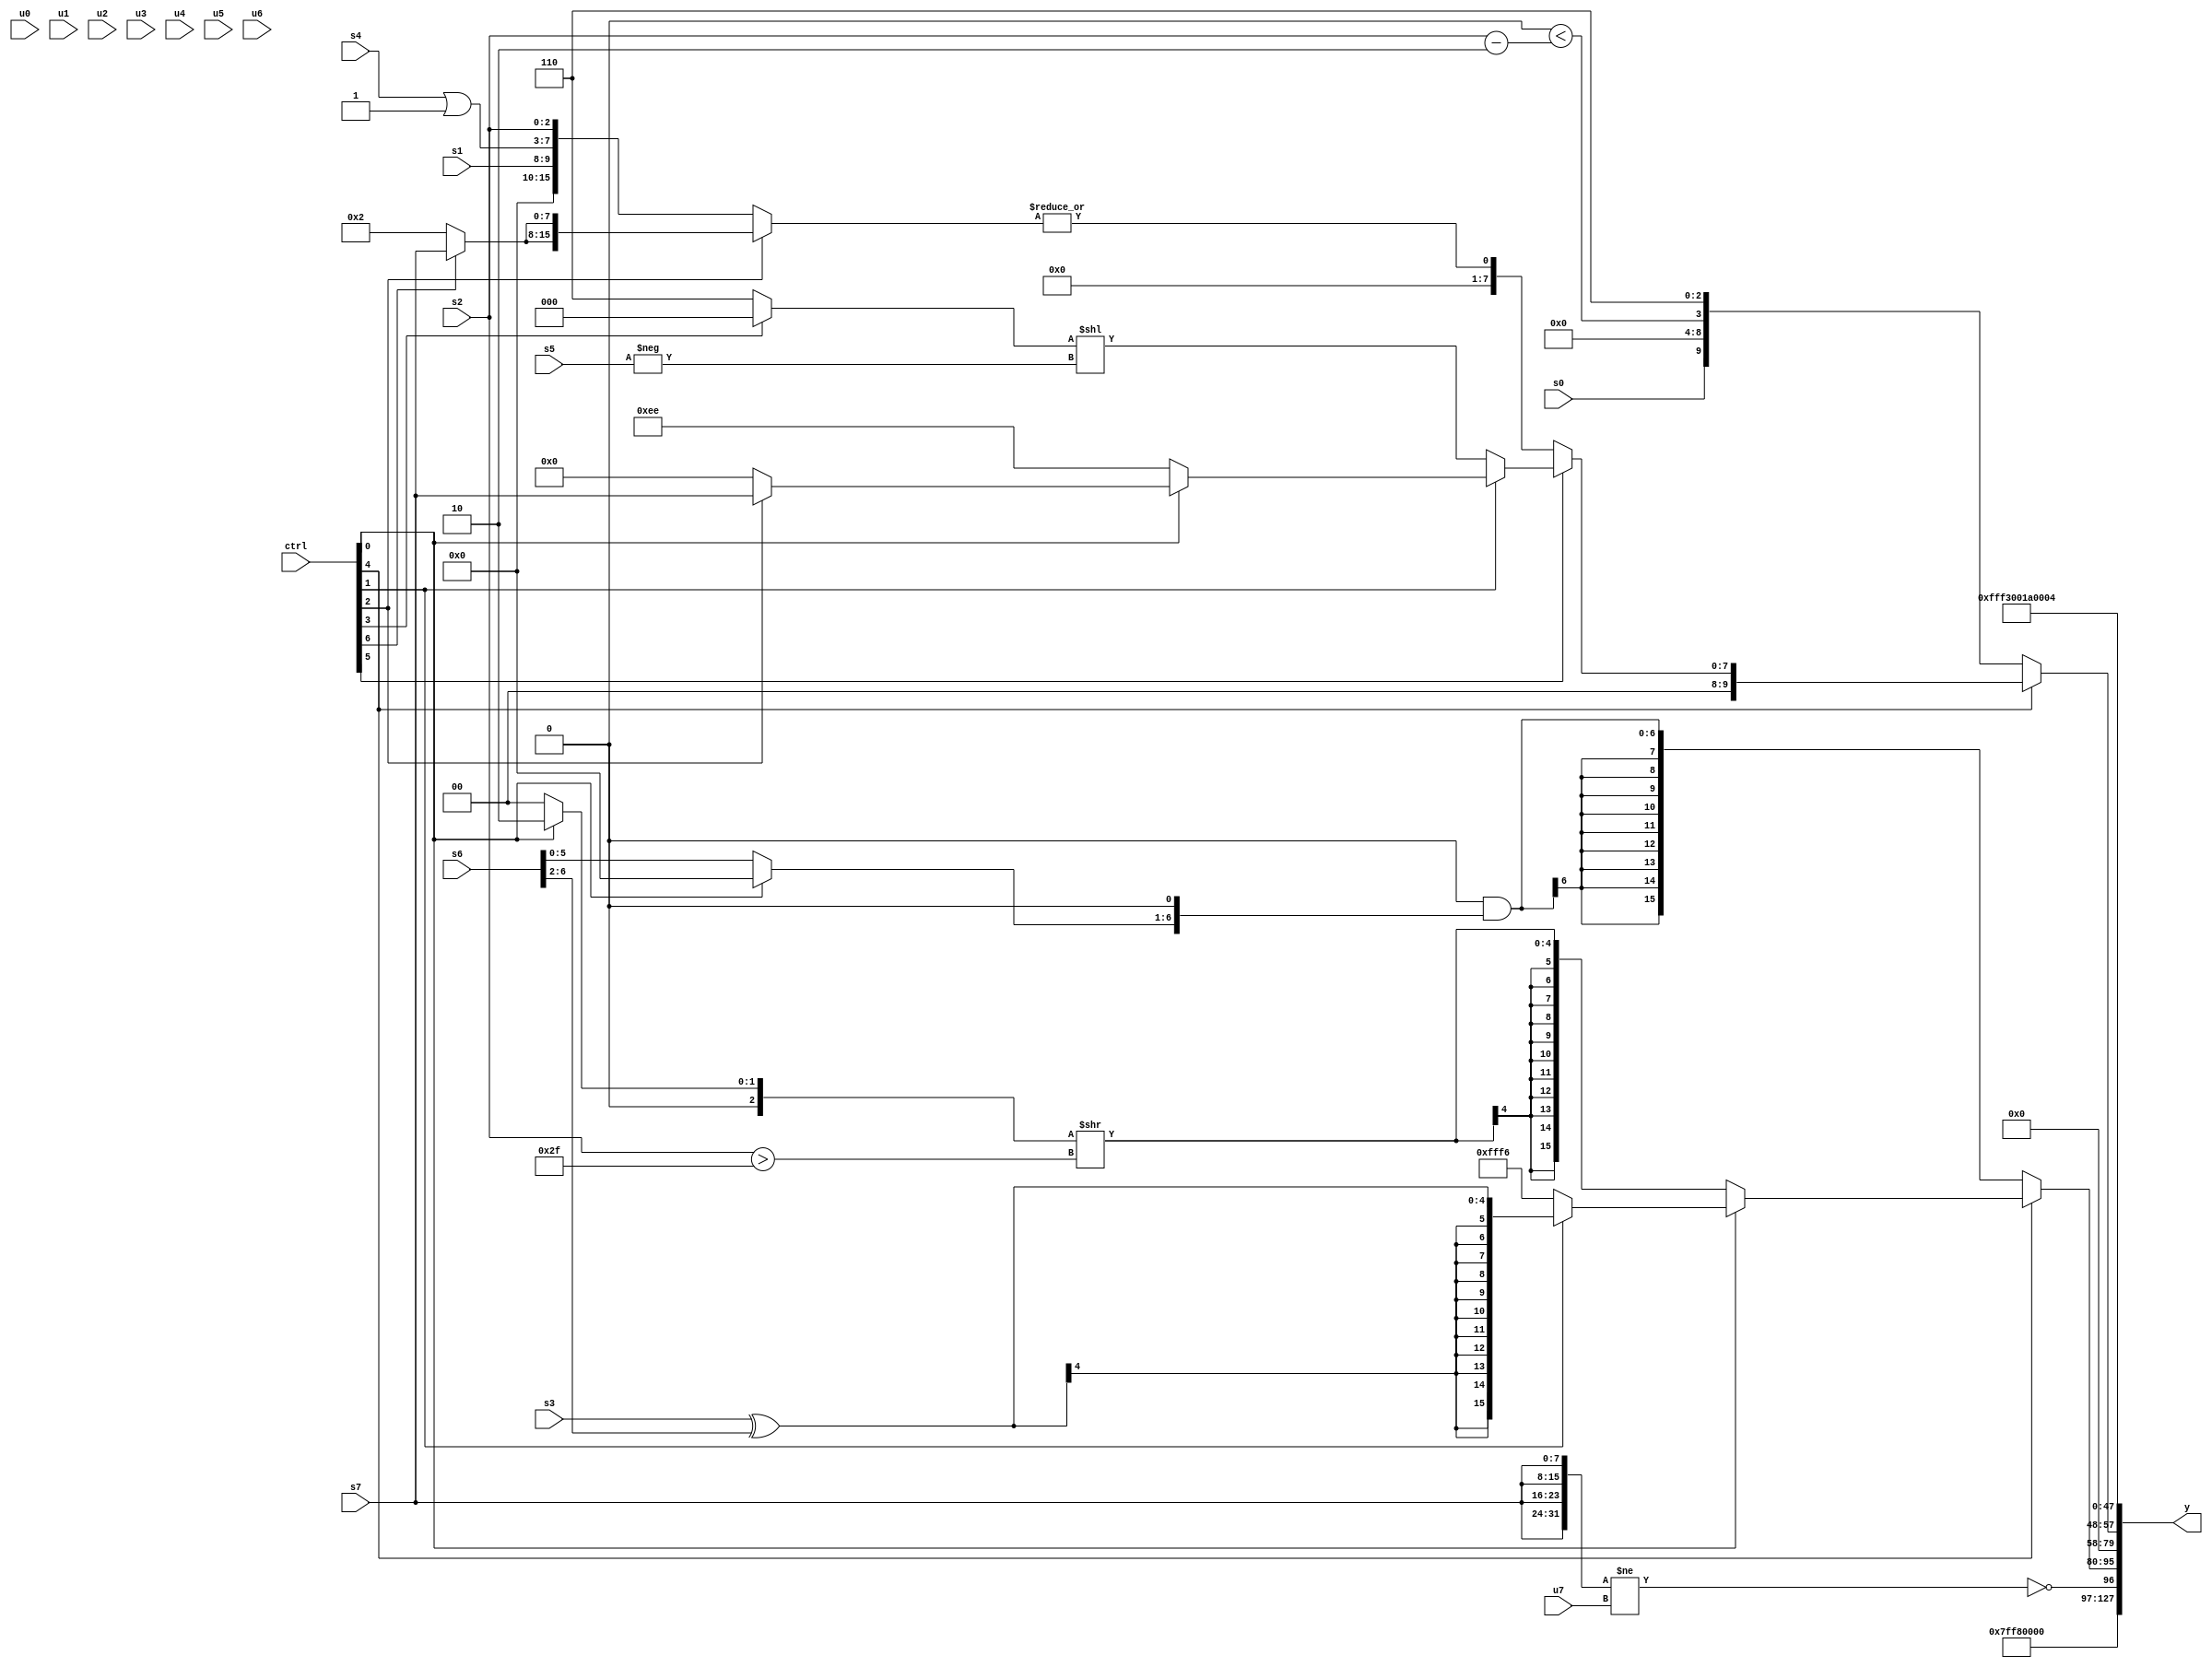
module wideexpr_00000(ctrl, u0, u1, u2, u3, u4, u5, u6, u7, s0, s1, s2, s3, s4, s5, s6, s7, y);
  input [7:0] ctrl;
  input [0:0] u0;
  input [1:0] u1;
  input [2:0] u2;
  input [3:0] u3;
  input [4:0] u4;
  input [5:0] u5;
  input [6:0] u6;
  input [7:0] u7;
  input signed [0:0] s0;
  input signed [1:0] s1;
  input signed [2:0] s2;
  input signed [3:0] s3;
  input signed [4:0] s4;
  input signed [5:0] s5;
  input signed [6:0] s6;
  input signed [7:0] s7;
  output [127:0] y;
  wire [15:0] y0;
  wire [15:0] y1;
  wire [15:0] y2;
  wire [15:0] y3;
  wire [15:0] y4;
  wire [15:0] y5;
  wire [15:0] y6;
  wire [15:0] y7;
  assign y = {y0,y1,y2,y3,y4,y5,y6,y7};
  assign y0 = 6'sb110000;
  assign y1 = ~^(({4{s7}})!=(u7));
  assign y2 = (ctrl[4]?(ctrl[0]?(ctrl[1]?(s3)^((s6)>>>(3'b010)):(ctrl[4]?5'sb10110:(5'sb10111)^(s4))):$signed(((ctrl[0]?5'sb00010:3'sb000))>>((s2)>(6'sb101111)))):((1'sb0)&(-(-(4'sb1100))))&($signed(((ctrl[0]?1'sb0:s6))<<<($signed(1'b1)))));
  assign y3 = 1'b0;
  assign y4 = (ctrl[4]?(ctrl[5]?$signed((ctrl[1]?(ctrl[0]?(ctrl[2]?s7:3'sb000):-(6'sb010010)):((ctrl[3]?3'sb000:3'sb110))<<(-(s5)))):|((ctrl[2]?{2{(ctrl[6]?s7:3'sb010)}}:{s1,(s4)|(1'sb1),$unsigned(s2)}))):$unsigned({s0,(5'sb11110)<<<({(4'b1000)|(3'b001)}),((-(3'sb000))>>>(-(2'sb11)))<(((s2)-(4'sb1110))<<((6'sb000000)>>(2'b11))),(^((3'sb100)^~(4'sb1010)))+(3'sb110)}));
  assign y5 = 5'sb10011;
  assign y6 = $signed(6'sb011010);
  assign y7 = 4'sb0100;
endmodule